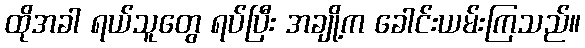
ထိုအခါ ရယ်သူတွေ ရပ်ပြီး အချို့က ခေါင်းယမ်းကြသည်။